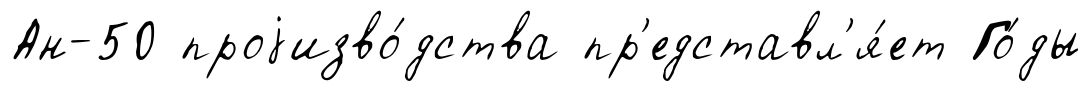
Ан-50 проjизво́дства пр'едставл'я́ет Го́ды